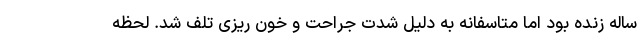
ساله زنده بود اما متاسفانه به دلیل شدت جراحت و خون ریزی تلف شد. لحظه